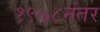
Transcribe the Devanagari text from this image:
१९७८नंतर